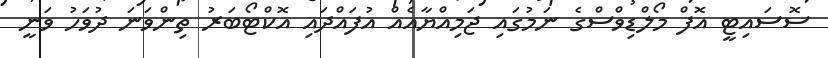
ސޮސައިޓީ އޮފް މޯލްޑިވްސްގެ ނަމުގައި ޖަމިއްޔާއެއް އުފައްދައި އޮކްޓޯބަރު ތިންވަނަ ދުވަހު ވަނީ